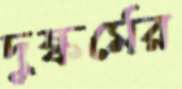
দুষ্কর্মের